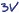
Text: 3V